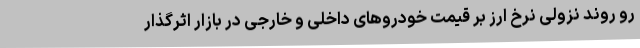
رو روند نزولی نرخ ارز بر قیمت خودروهای داخلی و خارجی در بازار اثرگذار